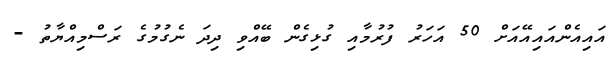
އައިއެންއައިއޭއަށް 50 އަހަރު ފުރުމާއި ގުޅިގެން ބޭއްވި ދިދަ ނެގުމުގެ ރަސްމިއްޔާތު -